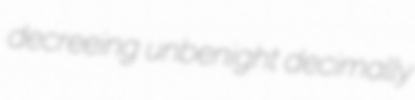
decreeing unbenight decimally